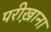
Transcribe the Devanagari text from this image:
परीख़ाना